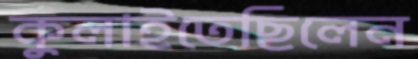
কুলাইতেছিলেন